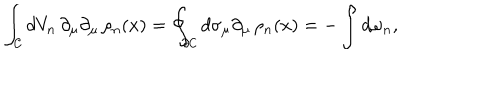
LaTeX: \int _ { \cal { C } } d V _ { n } \, \partial _ { \mu } \partial _ { \mu } \, \rho _ { n } ( x ) = \oint _ { \partial \cal { C } } d \sigma _ { \mu } \partial _ { \mu } \, \rho _ { n } ( x ) = - \int d \omega _ { n } ,